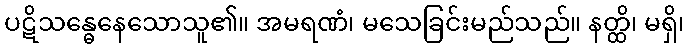
ပဋိသန္ဓေနေသောသူ၏။ အမရဏံ၊ မသေခြင်းမည်သည်။ နတ္ထိ၊ မရှိ၊